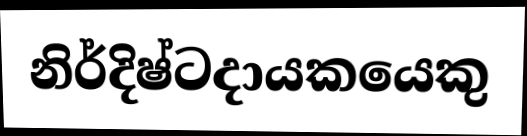
නිර්දිෂ්ටදායකයෙකු